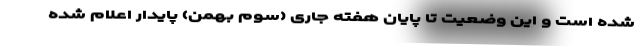
شده است و این وضعیت تا پایان هفته جاری (سوم بهمن) پایدار اعلام شده